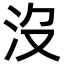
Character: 沒